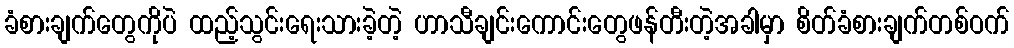
ခံစားချက်တွေကိုပဲ ထည့်သွင်းရေးသားခဲ့တဲ့ ဟာသီချင်းကောင်းတွေဖန်တီးတဲ့အခါမှာ စိတ်ခံစားချက်တစ်ဝက်